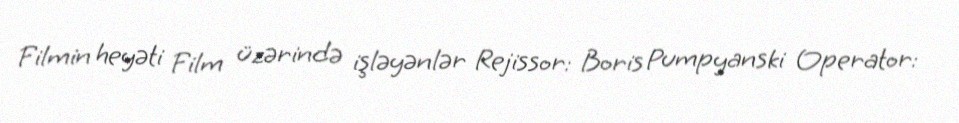
Filmin heyəti Film üzərində işləyənlər Rejissor: Boris Pumpyanski Operator: